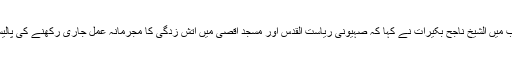
ایک سوال کے جواب میں الشیخ ناجح بکیرات نے کہا کہ صہیونی ریاست القدس اور مسجد اقصیٰ میں آتش زدگی کا مجرمانہ عمل جاری رکھنے کی پالیسی پرعمل پیرا ہے۔